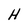
Character: H